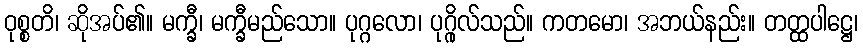
ဝုစ္စတိ၊ ဆိုအပ်၏။ မက္ခီ၊ မက္ခီမည်သော။ ပုဂ္ဂလော၊ ပုဂ္ဂိုလ်သည်။ ကတမော၊ အဘယ်နည်း။ တတ္ထပါဋ္ဌေ၊